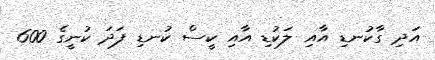
އަދި ގާކުނޑި އާއި ލަކުޑި އާއި ކީސް ކުނޑި ފަދަ ކުނީގެ 600